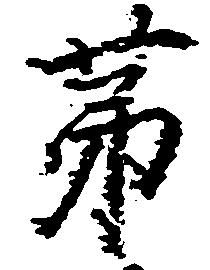
第